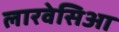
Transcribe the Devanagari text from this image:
लारवेसिआ